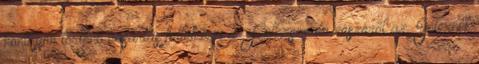
honlapon történő vásárlás feltételezi a Felhasználó részéről az Internet